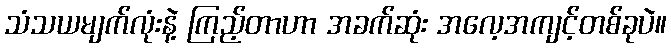
သံသယမျက်လုံးနဲ့ ကြည့်တာဟာ အခက်ဆုံး အလေ့အကျင့်တစ်ခုပဲ။